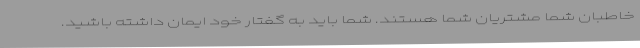
خاطبان شما مشتریان شما هستند. شما باید به گفتار خود ایمان داشته باشید.